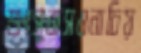
শুংসুবাসওনাচিয়